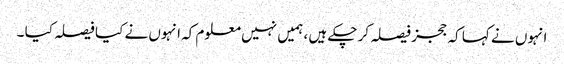
انہوں نے کہا کہ ججز فیصلہ کر چکے ہیں ، ہمیں نہیں معلوم کہ انہوں نے کیا فیصلہ کیا ۔